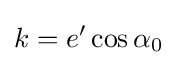
k=e'\cos \alpha _{0}